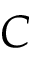
C